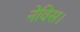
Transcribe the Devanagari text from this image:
नेविस।